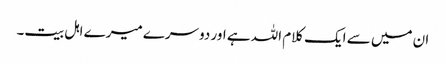
ان میں سے ایک کلام اللہ ہے اور دوسرے میرے اہل بیت۔